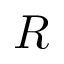
R